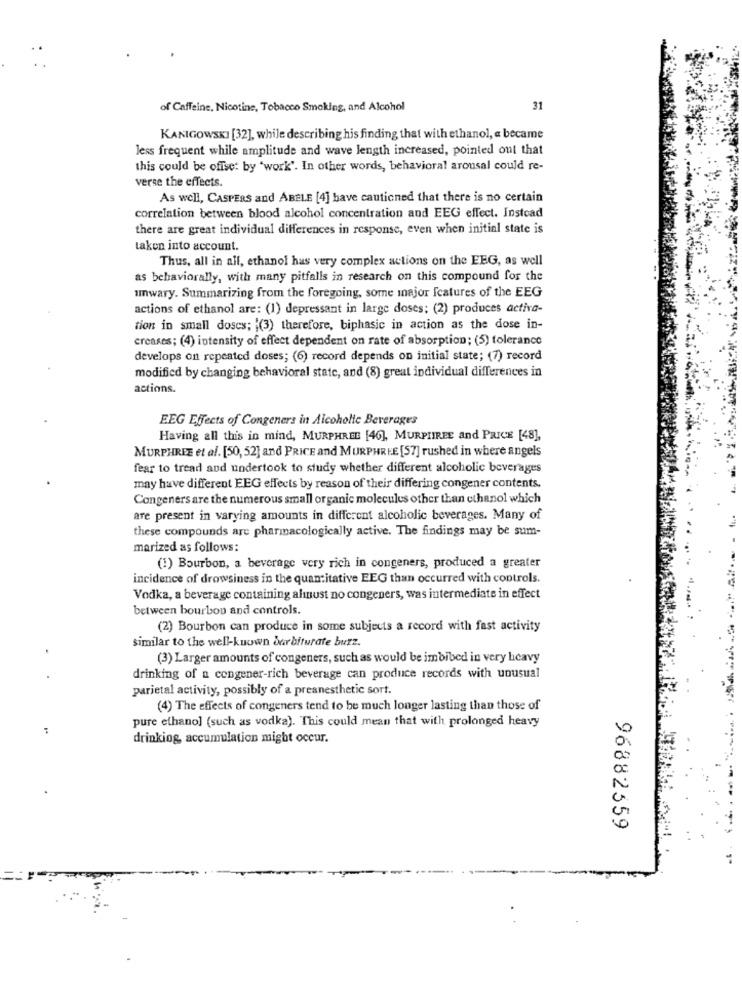
of Caffeine, Nicotine, Tobacco Smoking, and Alcohol
31
KANIGOWSKI [32], while describing his finding that with ethanol, a became
less frequent while amplitude and wave length increased, pointed out that
this could be offset by "work". In other words, behavioral arousal could re-
verse the effects.
As well, CASPERS and ABELE [4] have cautioned that there is no certain
correlation between blood alcohol concentration and EEG effect. Instead
there are great individual differences in response, even when initial state is
taken into account.
Thus, all in all, ethanol has very complex actions on the EEG, as well
as behaviorally, with many pitfalls in research on this compound for the
umwary. Summarizing from the foregoing, some inajor features of the EEG
actions of ethanol are: (1) depressant in large doses; (2) produces activa-
tion in small doses; '(3) therefore, biphasic in action as the dose in-
creases; (4) intensity of effect dependent on rate of absorption; (5) tolerance
develops on repeated doses; (6) record depends on initial state; (7) record
modified by changing behavioral state, and (8) great individual differences in
actions.
EEG Effects of Congeners in Alcoholic Beverages
Having all this in mind, MURPHREE [46], MURPIIREE and PRICE [48],
MURPHREE et al. [50, 52] and PRICE and MURPHREE [57] rushed in where angels
fear to tread and undertook to study whether different alcoholic beverages
may have different EEG effects by reason of their differing congener contents.
Congeners are the numerous small organic molecules other than ethanol which
are present in varying amounts in different alcoholic beverages. Many of
these compounds are pharmacologically active. The findings may be sum-
marized as follows:
(1) Bourbon, a beverage very rich in congeners, produced a greater
incidence of drowsiness in the quantitative EEG than occurred with controls.
Vodka, a beverage containing alinust no congeners, was intermediate in effect
between bourbon and controls.
(2) Bourbon can produce in some subjects a record with fast activity
similar to the well-known barbiturate burz.
(3) Larger amounts of congeners, such as would be imbibed in very heavy
drinking of n congener-rich beverage can produce records with unusual
parietal activity, possibly of a preanesthetic sort.
(4) The effects of congeners tend to be much longer lasting than those of
pure ethanol (such as vodka). This could mean that with prolonged heavy
drinking, accumulation might occur.
96882559